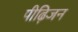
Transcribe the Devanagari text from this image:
पीढ़िजन